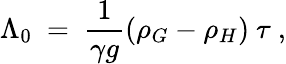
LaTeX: \Lambda_{0}~=~{\frac{1}{\gamma g}}(\rho_{G}-\rho_{H})~\tau\ ,